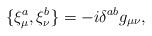
LaTeX: \begin{align*}\{\xi_{\mu}^{a},\xi_{\nu}^{b}\}=-i\delta^{ab}g_{\mu\nu},\end{align*}